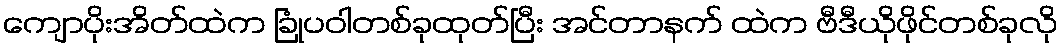
ကျောပိုးအိတ်ထဲက ခြုံပဝါတစ်ခုထုတ်ပြီး အင်တာနက် ထဲက ဗီဒီယိုဖိုင်တစ်ခုလို